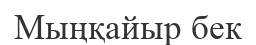
Мыңқайыр бек